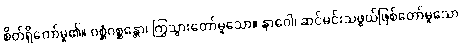
စိတ်ရှိတော်မူ၏။ ဂစ္ဆံဂစ္ဆန္တော၊ ကြွသွားတော်မူသော။ နာဂေါ၊ ဆင်မင်းသဖွယ်ဖြစ်တော်မူသော